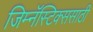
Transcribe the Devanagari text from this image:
जिम्नॅस्टिक्ससाठी